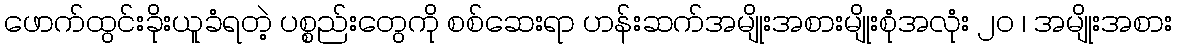
ဖောက်ထွင်းခိုးယူခံရတဲ့ ပစ္စည်းတွေကို စစ်ဆေးရာ ဟန်းဆက်အမျိုးအစားမျိုးစုံအလုံး ၂၀ ၊ အမျိုးအစား